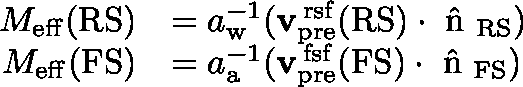
\begin{array} { r l } { M _ { \mathrm { e f f } } ( \mathrm { R S } ) } & { = a _ { \mathrm { w } } ^ { - 1 } ( { \mathbf { v } } _ { \mathrm { p r e } } ^ { \mathrm { \, r s f } } ( \mathrm { R S } ) \cdot { \mathrm { \boldmath ~ \hat { n } ~ \unboldmath } } _ { \mathrm { R S } } ) } \\ { M _ { \mathrm { e f f } } ( \mathrm { F S } ) } & { = a _ { \mathrm { a } } ^ { - 1 } ( { \mathbf { v } } _ { \mathrm { p r e } } ^ { \mathrm { \, f s f } } ( \mathrm { F S } ) \cdot { \mathrm { \boldmath ~ \hat { n } ~ \unboldmath } } _ { \mathrm { F S } } ) } \end{array}